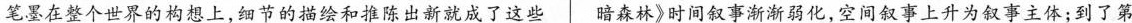
笔墨在整个世界的构想上，细节的描绘和推陈出新就成了这些 暗森林》时间叙事渐渐弱化，空间叙事上升为叙事主体:到了第